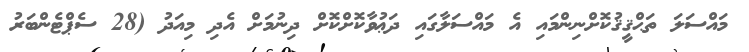
މައްސަލަ ތަޙްޤީޤުކޮށްނިންމައި އެ މައްސަލާގައި ދަޢުވާކޮށްކޮށް ދިނުމަށް އެދި މިއަދު (28 ސެޕްޓެންބަރު